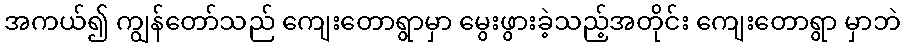
အကယ်၍ ကျွန်တော်သည် ကျေးတောရွာမှာ မွေးဖွားခဲ့သည့်အတိုင်း ကျေးတောရွာ မှာဘဲ